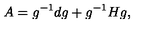
A = g ^ { - 1 } d g + g ^ { - 1 } H g ,